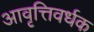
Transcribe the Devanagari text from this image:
आवृत्तिवर्धक